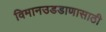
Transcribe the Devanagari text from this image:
विमानउडडाणासाठी